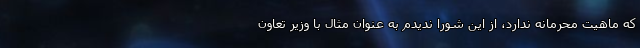
که ماهیت محرمانه ندارد، از این شورا ندیدم به عنوان مثال با وزیر تعاون